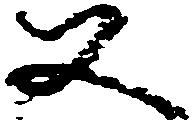
又